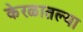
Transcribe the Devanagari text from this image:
केरळातल्या